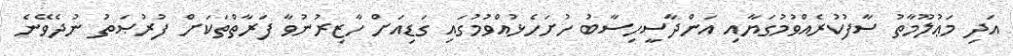
އަދި މަޢުލޫމާތު ސާފުކުރެއްވުމުގަޔާއި އަންދާސީހިސާބު ހުށަހެޅުއްވުމުގައި ގަޑިއަށް ހާޒިރުނުވާ ފަރާތްތަކަށް ފުރުޞަތު ނުދެވޭނެ